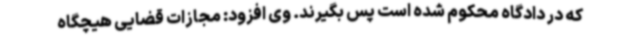
که در دادگاه محکوم شده است پس بگیرند. وی افزود: مجازات قضایی هیچگاه